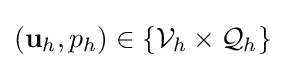
(\mathbf {u} _{h},p_{h})\in \{{\mathcal {V}}_{h}\times {\mathcal {Q}}_{h}\}